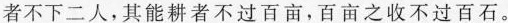
者不下二人，其能耕者不过百亩，百亩之收不过百石。